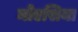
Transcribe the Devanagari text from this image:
मोएसिया